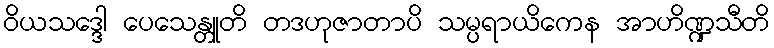
ဝိယသဒ္ဒေါ ပေသေန္တူတိ တဒဟုဇာတာပိ သမ္ပရာယိကေန အာဟိဏ္ဍသီတိ